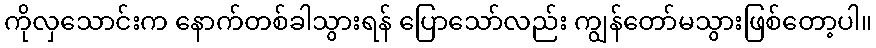
ကိုလှသောင်းက နောက်တစ်ခါသွားရန် ပြောသော်လည်း ကျွန်တော်မသွားဖြစ်တော့ပါ။